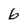
Character: 6